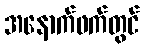
အနောက်ဖက်တွင်